Report of the Indian Hemp Drugs Commission, 1894-1895 - Volume VI
Year: 1894
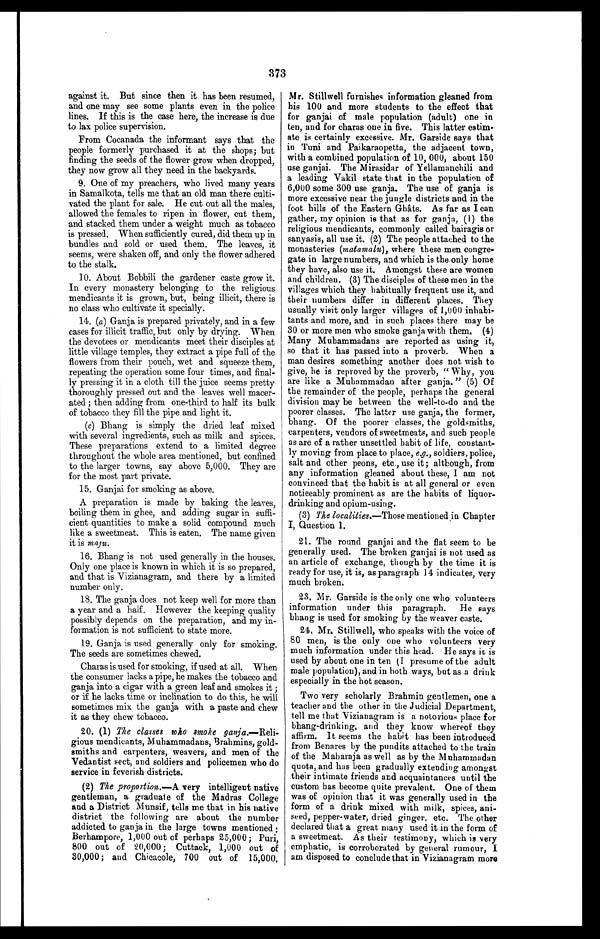
373
against it. But since then it has been resumed,
and one may see some plants even in the police
lines. If this is the case here, the increase is due
to lax police supervision.
From Cocanada the informant says that the
people formerly purchased it at the shops; but
finding the seeds of the flower grow when dropped,
they now grow all they need in the backyards.
9. One of my preachers, who lived many years
in Samalkota, tells me that an old man there culti-
vated the plant for sale, He cut out all the males,
allowed the females to ripen in flower, cut them,
and stacked them under a weight much as tobacco
is pressed. When sufficiently cured, did them up in
bundles and sold or used them. The leaves, it
seems, were shaken off, and only the flower adhered
to the stalk.
10. About Bobbili the gardener caste grow it.
In every monastery belonging to the religious
mendicants it is grown, but, being illicit, there is
no class who cultivate it specially.
14. (a) Ganja is prepared privately, and in a few
cases for illicit traffic, but only by drying. When
the devotees or mendicants meet their disciples at
little village temples, they extract a pipe full of the
flowers from their pouch, wet and squeeze them,
repeating the operation some four times, and final-
ly pressing it in a cloth till the juice seems pretty
thoroughly pressed out and the leaves well macer--
ated ; then adding from one-third to half its bulk
of tobacco they fill the pipe and light it.
(c) Bhang is simply the dried leaf mixed
with several ingredients, such as milk and spices.
These preparations extend to a limited degree
throughout the whole area mentioned, but confined
to the larger towns, say above 5,000. They are
for the most part private.
15. Ganjai for smoking as above.
A preparation is made by baking the leaves,
boiling them in ghee, and adding sugar in suffi-
- c i e n t q u a n t i t i e s t o m a k e a s o l i d c o m p o u n d m u c h
like a sweetmeat. This is eaten. The name given
it is maju.
16. Bhang is not used generally in the houses.
Only one place is known in which it is so prepared,
and that is Vizianagram, and there by a limited
number only.
18. The ganja does not keep well for more than
a year and a half. However the keeping quality
possibly depends on the preparation, and my in-
formation is not sufficient to state more.
19. Ganja is used generally only for smoking.
The seeds are sometimes chewed.
Charas is used for smoking, if used at all. When
the consumer lacks a pipe, he makes the tobacco and
ganja into a cigar with a green leaf and smokes it ;
or if he lacks time or inclination to do this, he will
sometimes mix the ganja with a paste and chew
it as they chew tobacco.
20. (1) The classes who smoke
g a n j a . — R e l i g i o u s m e n d i c a n t s , M u h a m m a d a n s ,B
rahmins, gold-
smiths and carpenters, weavers, and men of the
Vedantist sect, and soldiers and policemen who do
service in feverish districts.
(2) The proportion.—A very intelligent native
gentleman, a graduate of the Madras College
and a District Munsif, tells me that in his native
district the following are about the number
addicted to ganja in the large towns mentioned
Berhampore, 1,000 out of perhaps 25,000; Puri,
800 out of '20,000; Cuttack, 1,000 out of
30,000; and Chicacole, 700 out of 15,000,
Mr. Stillwell furnishes information gleaned from
his 100 and more students to the effect that
for ganjai of male population (adult) one in
ten, and for charas one in five. This latter estim-
-ate is certainly excessive. Mr. Garside says that
in Tuni. and Paikaraopetta, the adjacent town,
with a combined population of 10, 000, about 150
use ganjai. The Mirasidar of Yellamanchili and
a leading Vakil state that in the population of
6,000 some 300 use ganja. The use of ganja is
more excessive near the jungle districts and in the
foot hills of the Eastern Ghâts. As far as I can
gather, my opinion is that as for ganja, (1) the
religious mendicants, commonly called bairagis or
sanyasis, all use it. (2) The people attached to the
monasteries (matamalu), where these men congre--
gate in large numbers, and which is the only home
they have, also use it. Amongst these are women
and children. (3) The disciples of these men in the
villages which they habitually frequent use it, and
their numbers differ in different places. They
usually visit only larger villages of 1,000 inhabi-
tants and more, and in such places there may be
30 or more men who smoke ganja with them, (4)
Many Muhammadans are reported as using it,
so that it has passed into a proverb. When a
man desires something another does not wish to
give, he is reproved by the proverb, "Why, you
are like a Muhammadan after ganja. " (5) Of
the remainder of the people, perhaps the general
division may be between the well-to-do and the
poorer classes. The latter use ganja, the former,
bhang. Of the poorer classes, the goldsmiths,
carpenters, vendors of sweetmeats, and such people
as are of a rather unsettled habit of life, constant-
ly moving from place to place, e.g., soldiers, police,
salt and other peons, etc., use it; although, from
any information gleaned about these, I am not
convinced that the habit is at all general or even
noticeably prominent as are the habits of liquor-
drinking and opium-using.
(3) The localities.— Those mentioned jn Chapter
I, Question 1.
21. The round ganjai and the flat seem to be
generally used. The broken ganjai is not used as
an article of exchange, though by the time it is
ready for use, it is, as paragraph 14 indicates, very
much broken.
23. Mr. Garside is the only one who volunteers
information under this paragraph. He says
bhang is used for smoking by the weaver caste.
24. Mr. Still well, who speaks with the voice of
80 men, is the only one who volunteers very
much information under this head. He says it is
used by about one in ten (I presume of the adult
male population), and in both ways, but as a drink
especially in the hot season.
Two very scholarly Brahmin gentlemen, one a
teacher and the other in the Judicial Department,
tell me that Vizianagram is a notorious place for
bhang-drinking, and they know whereof they
affirm. It seems the habit has been introduced
from Benares by the pundits attached to the train
of the Maharaja as well as by the Muhammadan
quota, and has been gradually extending amongst
their intimate friends and acquaintances until the
custom has become quite prevalent. One of them
was of opinion that it was generally used in the
form of a drink mixed with milk, spices, ani--
seed, pepper-water, dried ginger, etc. The other
declared that a great many used it in the form of
a sweetmeat. As their testimony, which is very
emphatic, is corroborated by general rumour, I
am disposed to conclude that in Vizianagram more